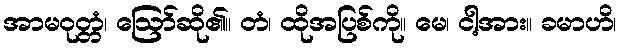
အာမဝုတ္တံ၊ ဩော်ဆို၏။ တံ၊ ထိုအပြစ်ကို။ မေ၊ ငါ့အား။ ခမာဟိ၊